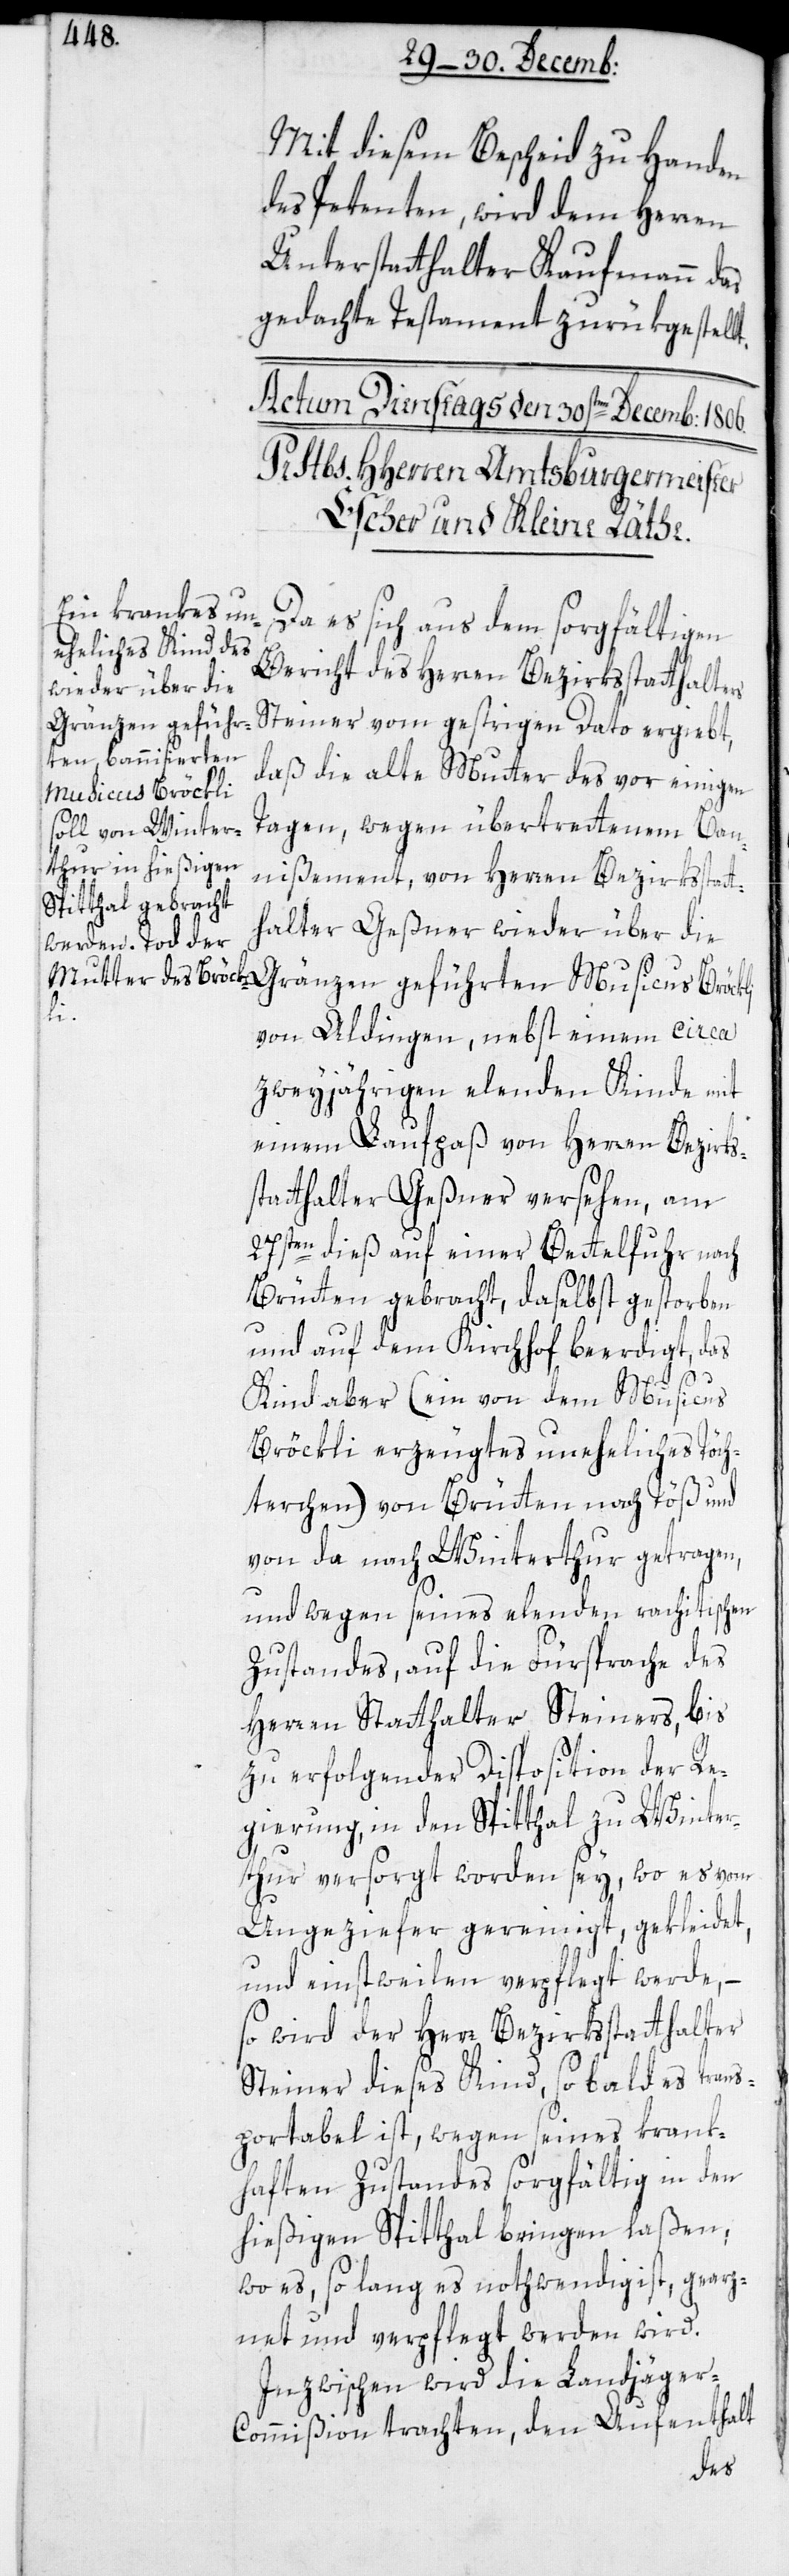
li

Mit diesem Bescheid zu Handen
des Petenten wird dem Herren
Unterstatthalter Kaufmann das
gedachte Testament zurükgestell¬
Da es sich aus dem sorgfältigen
Bericht des Herren Bezirksstatthalters
Steiner vom gestrigen Dato ergiebt,
daß die alte Mutter des vor einigen
Tagen, wegen übertretenem Ban¬
nißement, von Herren Bezirksstatt¬
halter Geßner wieder über die
Gränzen geführten Musicus Bröck¬
von Aldingen, nebst einem circa
zweyjährigen elenden Kinde mit
einem Laufpaß von Herren Bezirks¬
statthalter Geßner versehen, am
27sten dieß auf einer Bettelfuhr nach
Brütten gebracht, daselbst gestorben
und auf dem Kirchhof beerdigt, das
Kind aber (ein von dem Musicus
Bröckli erzeugtes uneheliches Töch¬
terchen) von Brütten nach Töß und
von da nach Winterthur getragen,
und wegen seines elenden rachitischen
Zustandes, auf die Fürsprache des
Herren Statthalter Steiners, bis
zu erfolgender Disposition der Re¬
gierung, in den Spitthal zu Winter¬
thur versorgt worden sey, wo es vom
Ungeziefer gereinigt, gekleidet,
und einstweilen verpflegt werde, –
so wird der Herr Bezirksstatthalter
Steiner dieses Kind, sobald es trans¬
portabel ist, wegen seines krank¬
haften Zustandes sorgfältig in den
hießigen Spitthal bringen laßen,
wo es, so lang es nothwendig ist, gearz¬
net und verpflegt werden wird.
Inzwischen wird die Landjäge¬
r-Commißion trachten, den Aufenthalt